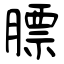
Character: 膘